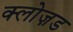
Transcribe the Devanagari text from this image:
क्लोज़ड